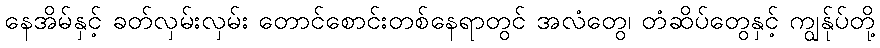
နေအိမ်နှင့် ခတ်လှမ်းလှမ်း တောင်စောင်းတစ်နေရာတွင် အလံတွေ၊ တံဆိပ်တွေနှင့် ကျွန်ုပ်တို့